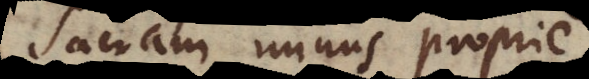
Sacram minus proprie